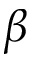
\beta